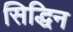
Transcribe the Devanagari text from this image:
सिद्धिन